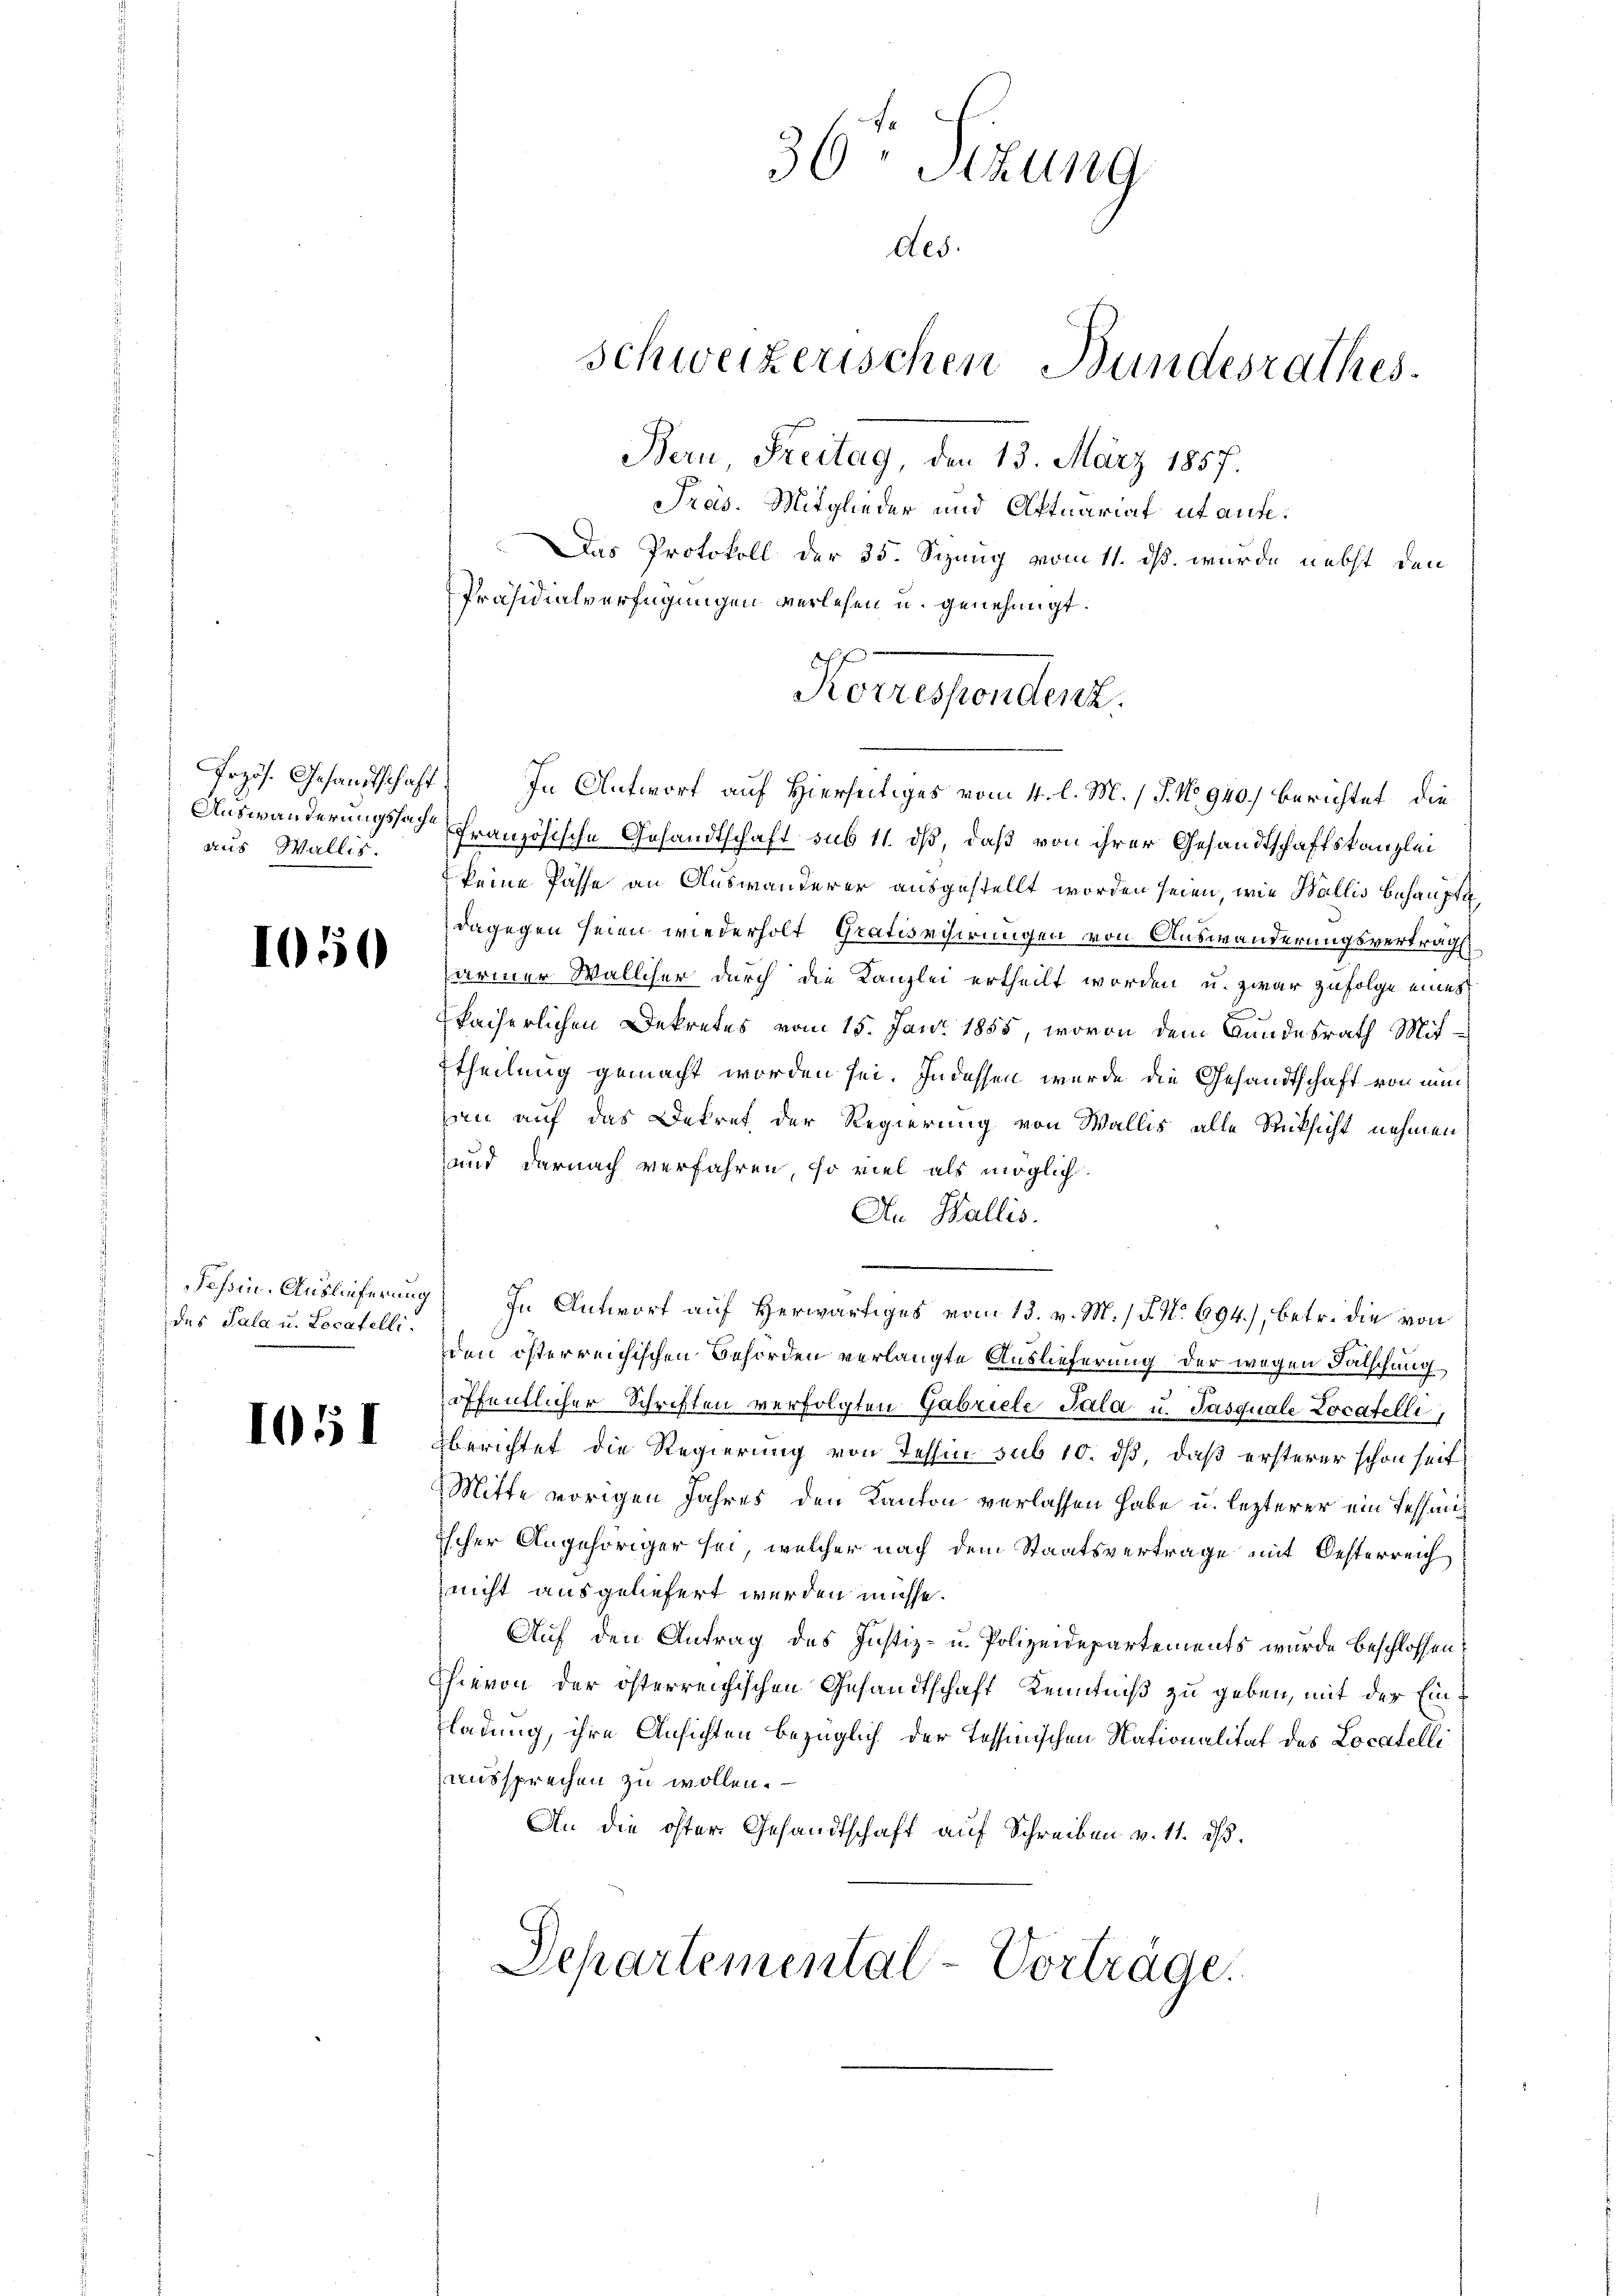
aus Wallis.

1010

das Pala u. Locatelli.

1051

Przös. Gesandtschaft. In Antwort auf Hierseitiges vom 4. l. M. /J. No 940.) berichtet, die
Auswanderungssache Französische Gesandtschaft sub 11. dß, daß von ihrer Gesandtschaftskanzlei
keine Pässe an Auswanderer ausgestellt worden seien, wie Wallis behaupte
dagegen seien wiederholt Gratisvisirungen von Auswanderungsverträg
armer Walliser durch die Kanzlei ertheilt worden u. zwar zufolge eines
kaiserlichen Dekretes vom 15. Jan. 1855, wovon dem Bundesrath Mit-
Etheilung gemacht worden sei. Indessen wurde die Gesandtschaft von nun
ban auf das Dekret der Regierung von Wallis alle Rücksicht nehmen
und darnach verfahren, so viel als möglich.
An Wallis.
.
Tessin. Auslieferung) In Antwort auf Herwärtiges vom 13. v. M. / F No 694), betr. die von
den österreichischen Behörden verlangte Auslieferung der wegen Fälschung
öffentlicher Schriften verfolgten Gabriele Sala u. Pasquale Locatelli,
berichtet die Regierung von Tessin sub 10. dß, daß ersterer schon seit
Mitte vorigen Jahres den Kanton verlassen habe u. lezterer ein Tessing
ischer Angehöriger sei, welcher nach dem Staatsvertrage mit Oesterreich
nicht ausgeliefert werden müsse.
Auf den Antrag des Justiz- u. Polizeidepartements wurde beschlossen:
hievon der österreichischen Gesandtschaft Kenntniß zu geben, mit der Ein¬
Fladung, ihre Ansichten bezüglich der Tessinischen Nationalität des Locatelli
aussprechen zu wollen.
An die oster Gesandtschaft auf Schreiben v. 11. ds.

36 Sizung
des.
schweizerischen Bundesrathes
Bern, Freitag, den 13. März 1857.
Pros. Mitglieder und Aftuariat ut aufe¬
Das Protokoll der 35. Sizung vom 11. ds. wurde nebst den
Präsidialverfügungen verlesen u. genehmigt.

Korrespondert.

Departemental-Vorträge.